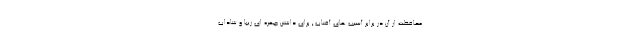
محافظت از آن در برابر آسیب های آفتاب , برای داشتن چهره ای زیبا و شاداب